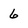
Character: 6